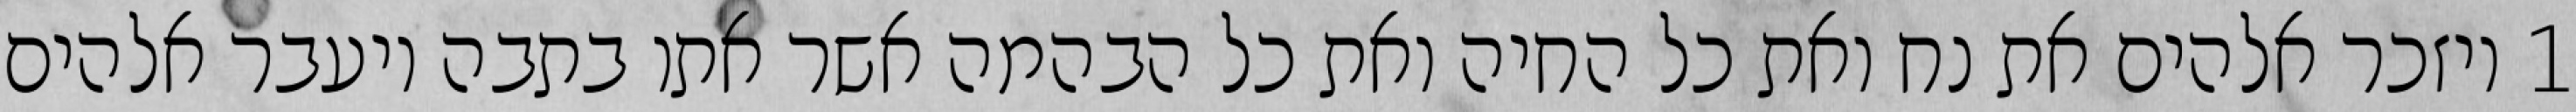
1 ויזכר אלהים את נח ואת כל החיה ואת כל הבהמה אשר אתו בתבה ויעבר אלהים